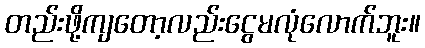
တည်းဖို့ကျတော့လည်းငွေမလုံလောက်ဘူး။